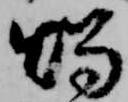
燭